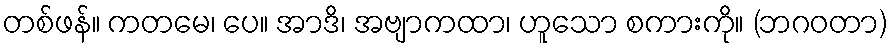
တစ်ဖန်။ ကတမေ၊ ပေ။ အာဒိ၊ အဗျာကထာ၊ ဟူသော စကားကို။ (ဘဂဝတာ)